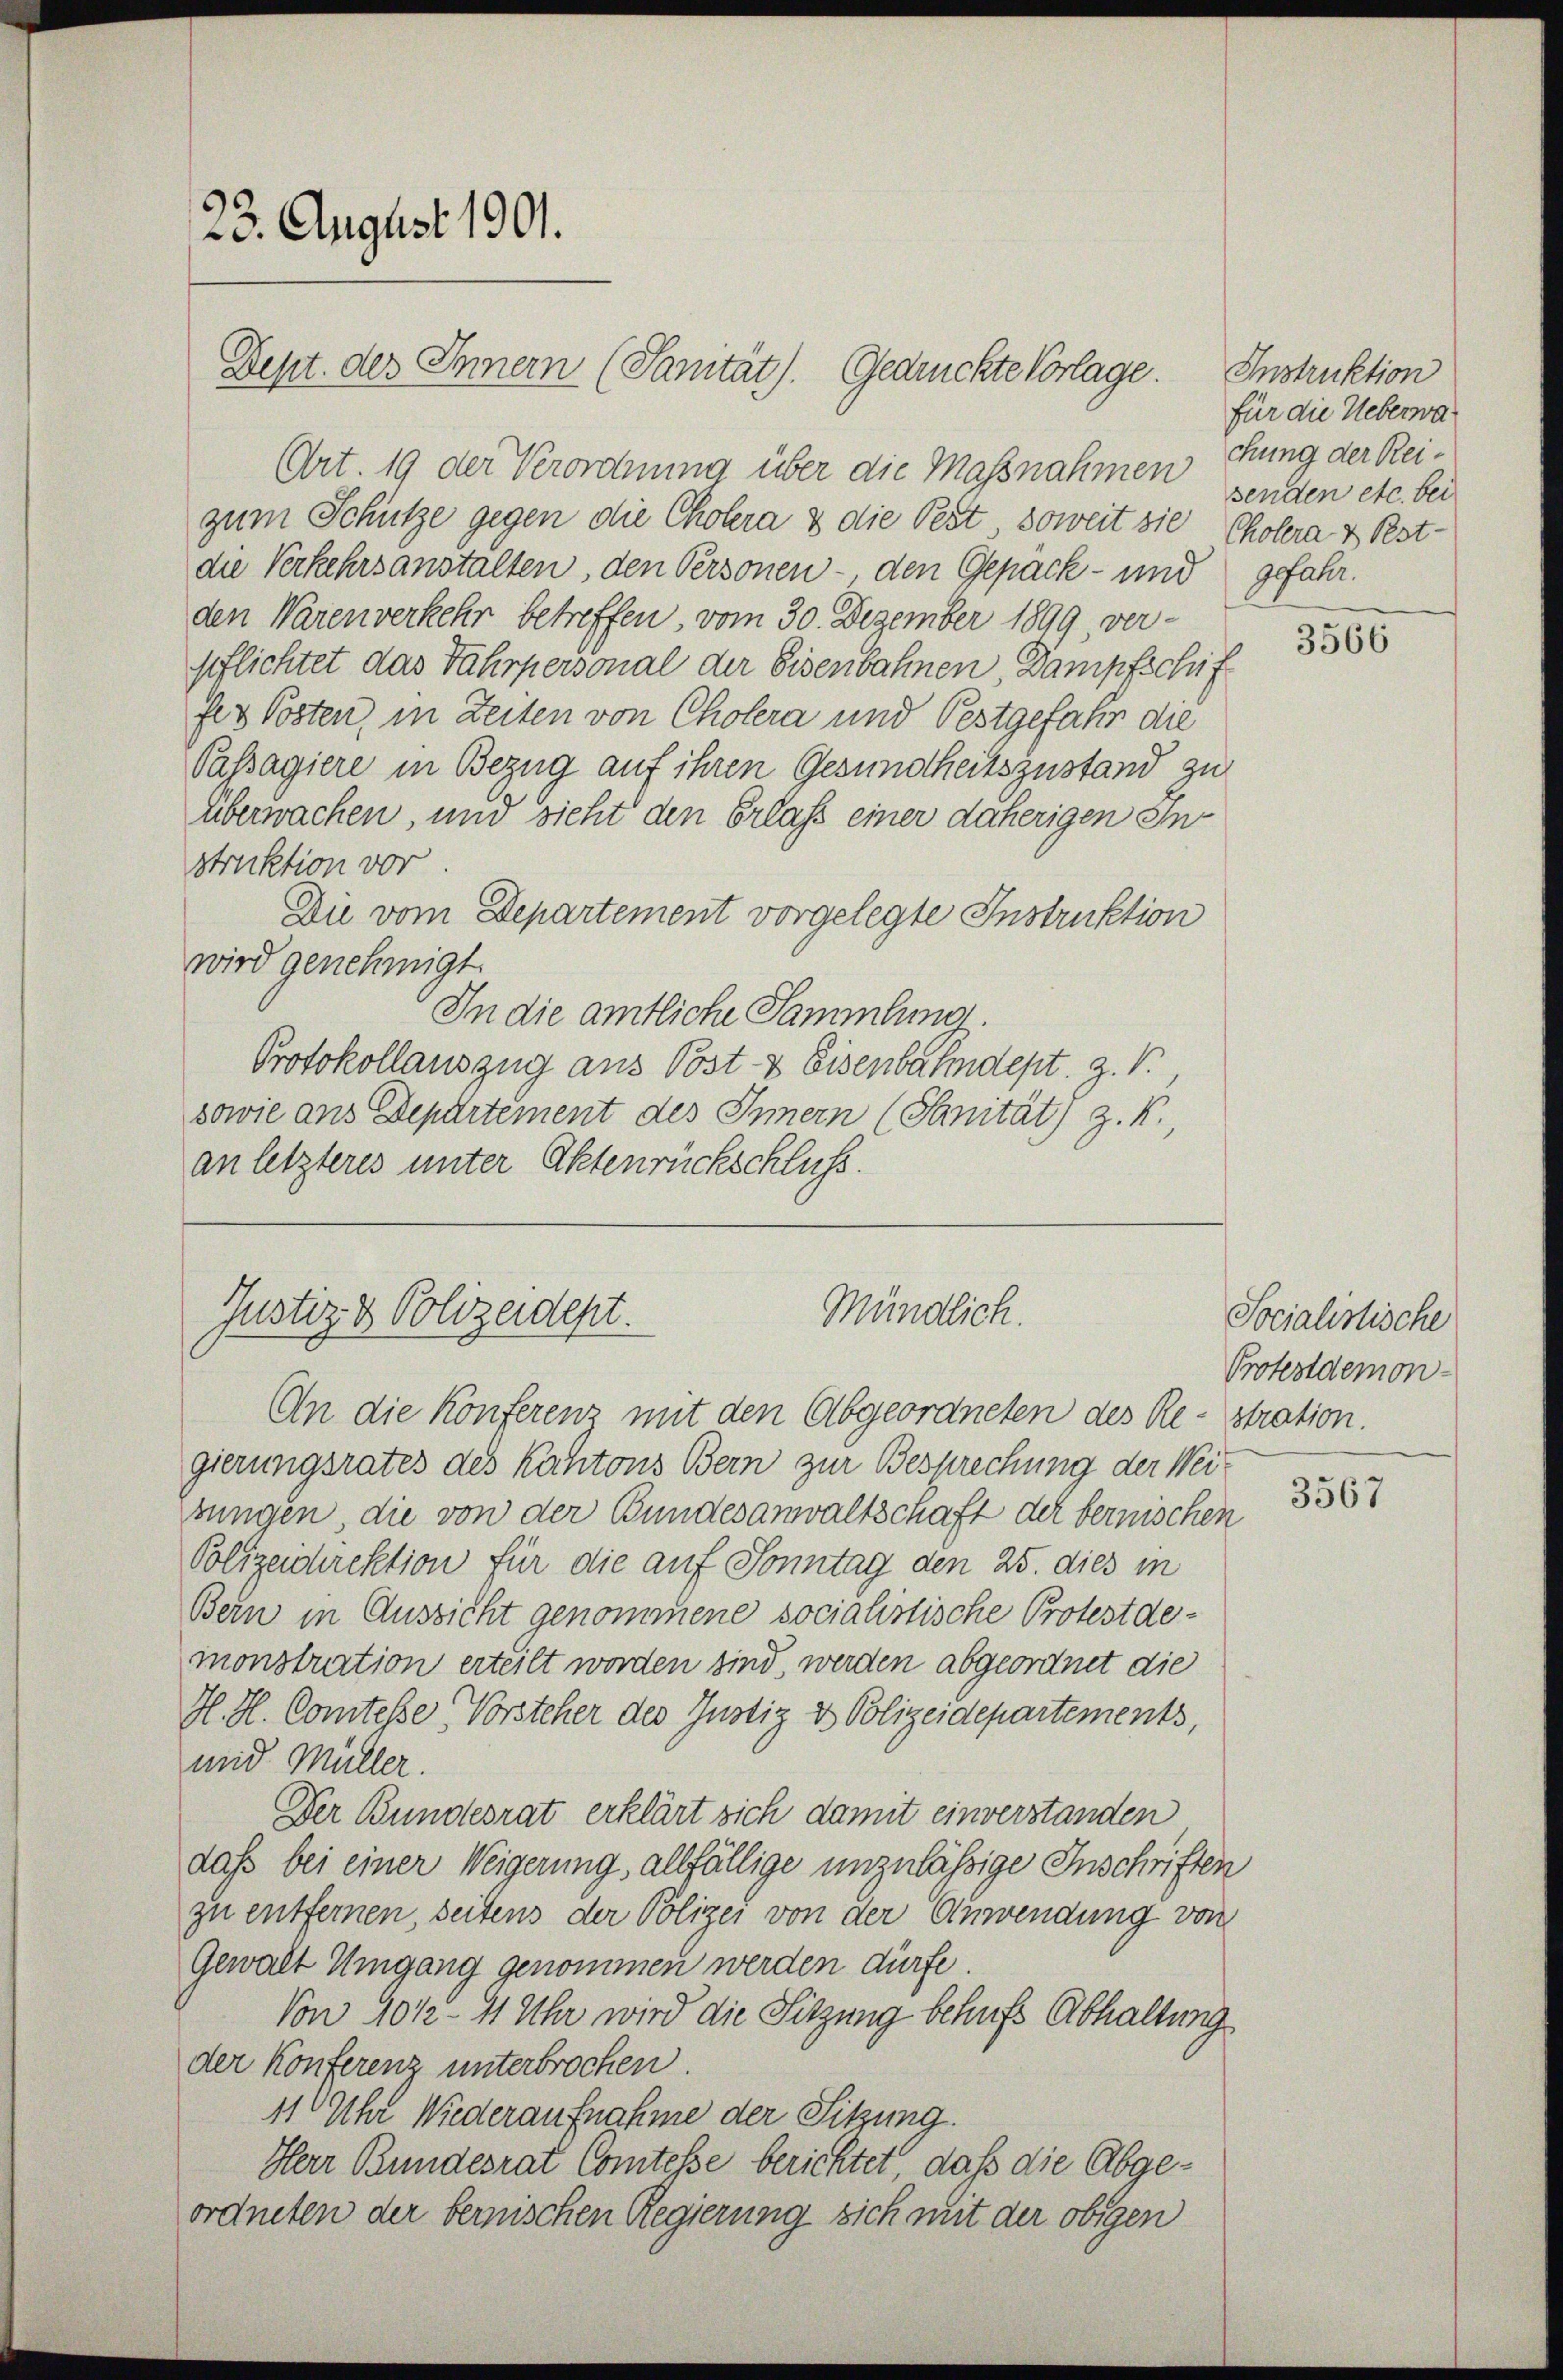
23. August 1901.

Art. 19 der Verordnung über die Maßnahmen thung der Reizum Schütze gegen die Cholera & die Pest, soweit sie Cholera & Pestdie Verkehrsanstalten, den Personen - den Gepäck - und
den Warenverkehr betreffen, vom 30. Dezember 1899, ver-
pflichtet das Fahrpersonal der Eisenbahnen, Dampfschif
fes Posten, in Zeiten von Cholera und Pestgefahr die
Passagiere in Bezug auf ihren Gesundheitszustand zu
überwachen, und sieht den Erlass einer daherigen Instruktion vor.
Du vom Departement vorgelegte Instruktion
wird genehmigt.
In die amtliche Sammlung.
Protokollauszug aus Post & Eisenbahndept. Z. V.,
sowie ans Departement des Innern (Sanität) z. K.
an letzteres unter Aktenrückschluss.

Dept. des Innern (Sanität). Gedrückte Vorlage.

Mündlich.
Justiz & Polizeidept.
An die Konferenz mit den Abgeordneten des Re-stration.

gierungsrates des Kantons Bern zur Besprechung der Weizungen die von der Bundesanwaltschaft der bernischen
Polizeidirektion für die auf Sonntag den 25. dies in
Bern in Aussicht genommene socialistische Protestaemonstration erteilt worden sind, werden abgeordnet die
H. H. Comtesse Vorsteher des Justiz & Polizeidepartements,
mid Müller.
Der Bundesrat erklärt sich damit einverstanden
daß bei einer Weigerung, allfällige unzulässige Inschriften
zu entfernen, seitens der Polizei von der Anwendung von
Gewalt Umgang genommen werden dürfe
Von 1012 - 11 Uhr wird die Sitzung behufs Abhaltung
der Konferenz unterbrochen.
11 Uhr Wiederaufnahme der Sitzung.
Herr Bundesrat Comtesse berichtet, daß die Abgeordneten der berischen Regierung sich mit der obigen

Instruktion
für die Ueberwasenden etc. bei
gefahr.

.

3566

Socialistische
Protestdemon

3567